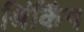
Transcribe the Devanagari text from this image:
श्रिंकिंग